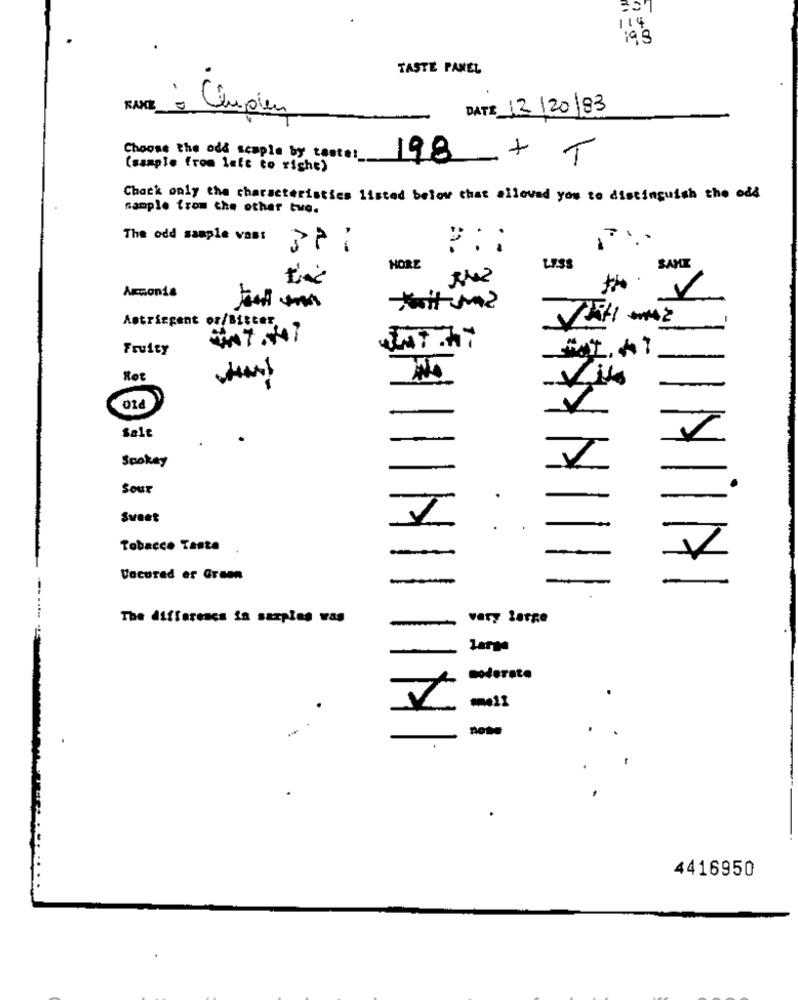
114
TASTE PANEL
RAKE
D
DATE 12/20 83
LUNES à Chupen
Choose the odd scapla by taste !_
(sample from left to right)
198 + T
Chack only the characteristics listed below that allovad you to distinguish the odd
sample from the other two.
The odd sample vast
--
2 ::
HORE
LESS
SAME
Armonia
Astringent or/Bitter,
47.447
Fruity
HOE
-Vi4
Salt
Spokay
Sour
-
-
Sweet
Tobacco Tante
-
-
Vacured er Grann
NINI
The difference in samples was
very large
-
-
Larga
4416950